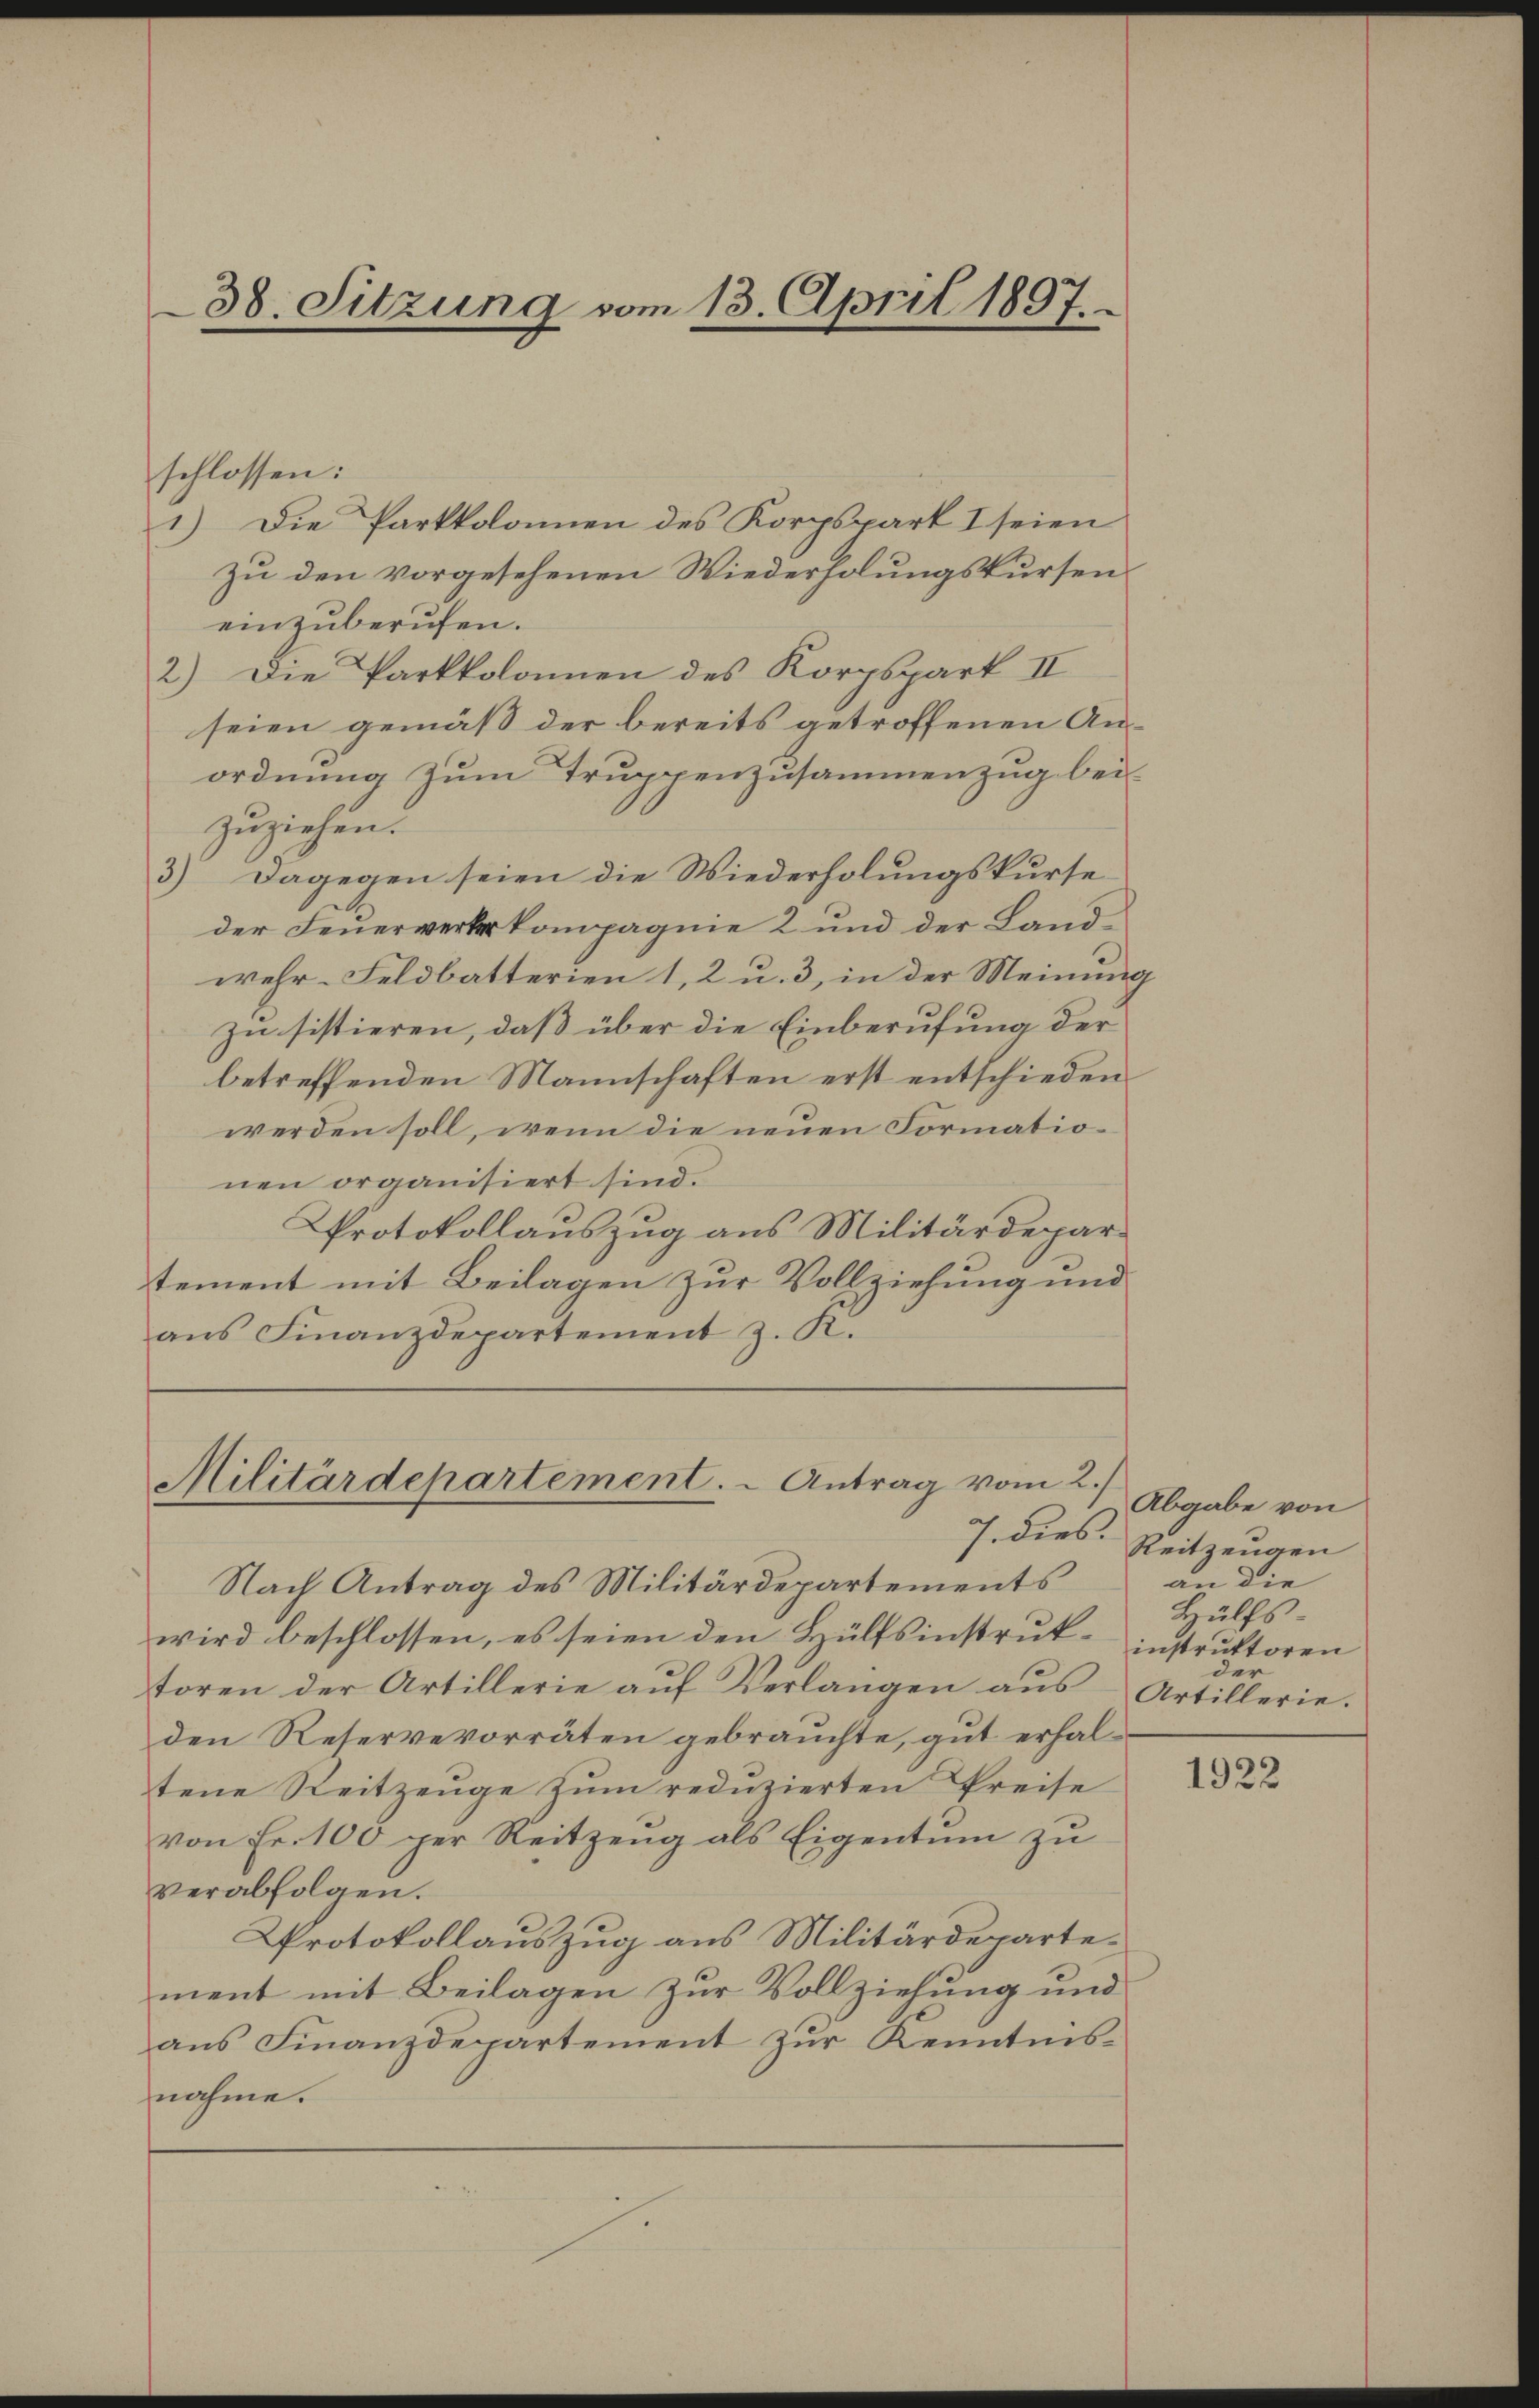
38. Sitzung vom 13. April 1897.

schlossen:
1) Die Parkkolonen des Korpspart I seien
zu den vorgesehenen Wiederholungskurseneinzuberufen.
2.) Die Parkkolonien des Korpspart II
seien gemäß der bereits getroffenen Anordnung zum Truppenzusammenzug bei.
zuziehen.
3) Dagegen seien die Wiederholungskurse
der Feuerwerterkompagnie 2 und der Landwehr-Feldbatterien 1, 2 u. 3, in der Meinung
zu sistieren, daß über die Einberufung der
betreffenden Mannschaften erst entschieden
werden soll, wenn die neuen Formationen organisiert sind.
Protokollauszug aus Militärdepartement mit Beilagen zur Vollziehung und
aus Finanzdepartement z. K.

Militärdepartement. - Antrag vom 2./

J. dies
Nach Antrag des Militärdepartements
wird beschlossen, es seien den Hülfsinstruk-instruktoren
toren der Artillerie auf Verlangen aus Artillerie.
den Reservevorräten gebrauchte, gut erhaltene Reitzeŭge zŭm redŭzierten Preise
von Fr. 100 per Reitzeŭg als Eigentum zu
verabfolgen.
Protokollauszug aus Militärdeparte-
ment mit Beilagen zur Vollziehung und
aus Finanzdepartement zur Kenntnisnahme.

Abgabe von
Reitzeugen
an die
Hülfs-

1922